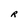
Character: R